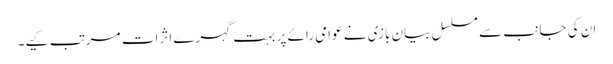
ان کی جانب سے مسلسل بیان بازی نے عوامی رائے پر بہت گہرے اثرات مرتب کیے۔